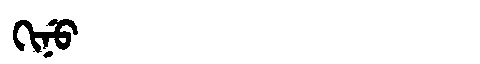
Manchu: ᡴᡳᠨᡠ
Romanization: KINU